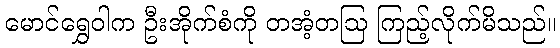
မောင်ရွှေဝါက ဦးအိုက်စံကို တအံ့တဩ ကြည့်လိုက်မိသည်။